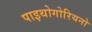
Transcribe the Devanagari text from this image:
पाइथोगोरियनो